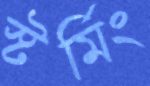
স্টর্মিং